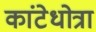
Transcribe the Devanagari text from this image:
कांटेधोत्रा